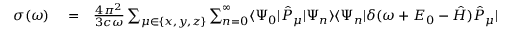
\begin{array} { r l r } { \sigma ( \omega ) } & { { } = } & { \frac { 4 \pi ^ { 2 } } { 3 c \omega } \sum _ { \mu \in \{ x , y , z \} } \sum _ { n = 0 } ^ { \infty } \ensuremath { \langle \Psi _ { 0 } \vert } \hat { P } _ { \mu } \ensuremath { \vert \Psi _ { n } \rangle } \ensuremath { \langle \Psi _ { n } \vert } \delta ( \omega + E _ { 0 } - \hat { H } ) \hat { P } _ { \mu } \ensuremath { \vert \Psi _ { 0 } \rangle } } \end{array}